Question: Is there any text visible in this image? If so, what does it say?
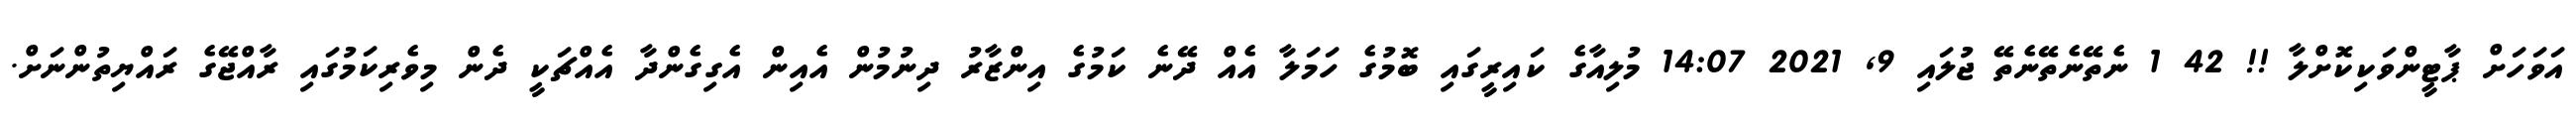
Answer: އަވަހަށް ޕާޓީންވަކިކޮށްލާ !! 42 1 ނެތޭނެތޭނެތޭ ޖުލައި 9, 2021 14:07 މުލިއާގެ ކައިރީގައި ބޮމުގެ ހަމަލާ އެއް ދޭނެ ކަމުގެ އިންޒާރު ދިނުމުން އެއިން އެގިގެންދާ އެއްޗަކީ ދެން މިވެރިކަމުގައި ރާއްޖޭގެ ރައްޔިތުންނަށް.